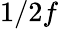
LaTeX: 1/2f